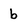
Character: b